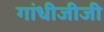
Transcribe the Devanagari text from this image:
गांधीजीजी